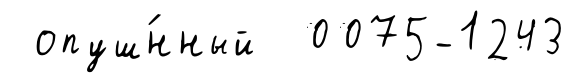
опуш́нный 0075-1243